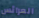
العرائس